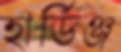
হার্ডিঞ্জ